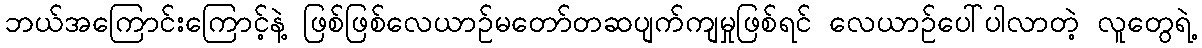
ဘယ်အကြောင်းကြောင့်နဲ့ ဖြစ်ဖြစ်လေယာဉ်မတော်တဆပျက်ကျမှုဖြစ်ရင် လေယာဉ်ပေါ်ပါလာတဲ့ လူတွေရဲ့